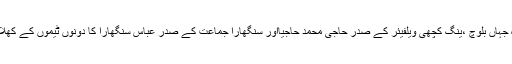
میچ کے اختتام پر مہمان خصوصی پاکستان پیپلز پارٹی کے رکن قومی اسمبلی شاہ جہاں بلوچ ،ینگ کچھی ویلفیئر کے صدر حاجی محمد حاجیااور سنگھارا جماعت کے صدر عباس سنگھارا کا دونوں ٹیموں کے کھلاڑیوں ملاقات کرایا گیااس موقع پر ٹورنامنٹ کمیٹی کے اراکین بھی موجود تھے ۔